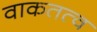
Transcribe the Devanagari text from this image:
वाकतत्व